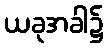
ယခုအခါ၌